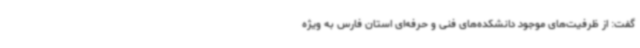
گفت: از ظرفیت‌های موجود دانشکده‌های فنی و حرفه‌ای استان فارس به ویژه